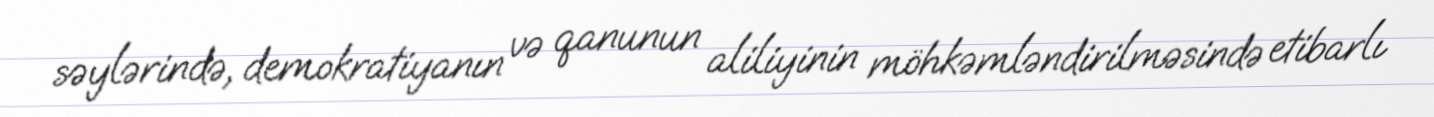
səylərində, demokratiyanın və qanunun aliliyinin möhkəmləndirilməsində etibarlı